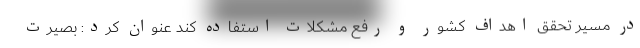
در مسیر تحقق اهداف کشور و رفع مشکلات استفاده کند عنوان کرد: بصیرت